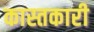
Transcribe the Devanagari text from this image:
कास्तकारी